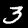
Digit: 3